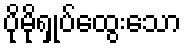
ပိုမိုရှုပ်ထွေးသော